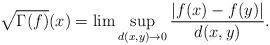
LaTeX: \begin{align*}\sqrt{\Gamma(f)}(x) =\lim \sup_{d(x,y)\to 0} \frac{ |f(x)-f(y)|}{d(x,y)}.\end{align*}